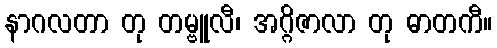
နာဂလတာ တု တမ္ဗူလီ၊ အဂ္ဂိဇာလာ တု ဓာတကီ။